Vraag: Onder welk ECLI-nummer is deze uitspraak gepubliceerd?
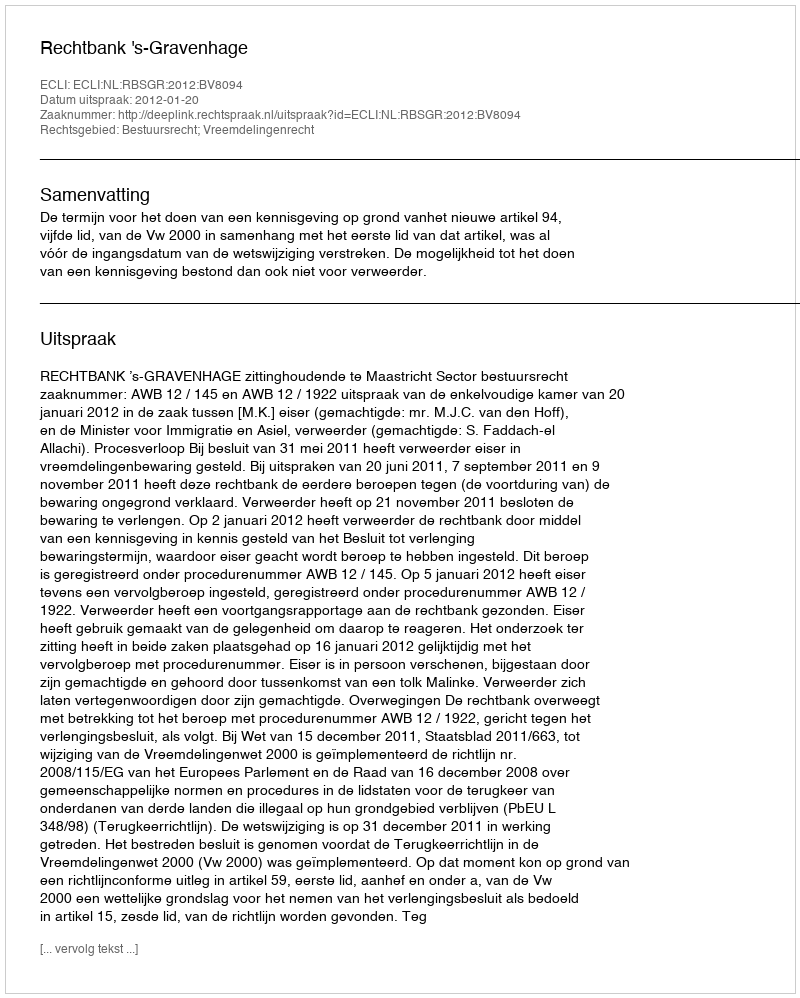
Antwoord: ECLI:NL:RBSGR:2012:BV8094